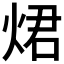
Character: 𤉙